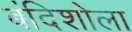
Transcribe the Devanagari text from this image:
बंदिशोला